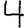
Digit: 4